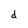
Character: d